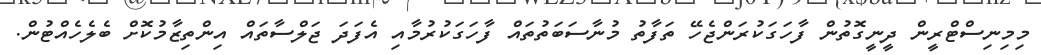
މިމިނިސްޓްރީން ދީނީގޮތުން ފާހަގަކުރަންޖެހޭ ތަފާތު މުނާސަބަތުތައް ފާހަގަކުރުމާއި އެފަދަ ޖަލްސާތައް އިންތިޒާމުކޮށް ބެލެހެއްޓުން.